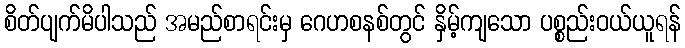
စိတ်ပျက်မိပါသည် အမည်စာရင်းမှ ဂေဟစနစ်တွင် နှိမ့်ကျသော ပစ္စည်းဝယ်ယူရန်